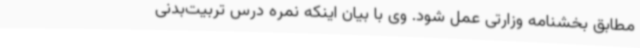
مطابق بخشنامه وزارتی عمل شود. وی با بیان اینکه نمره درس تربیت‌بدنی